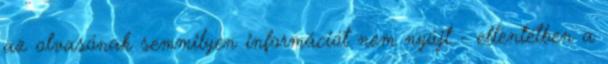
az olvasónak semmilyen információt nem nyújt - ellentétben a